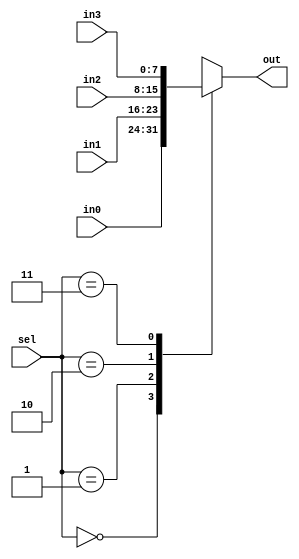
/////////////////////////////////////////////////////////////////////
////                                                             ////
////  Mini-RISC-1                                                ////
////  Primitives                                                 ////
////                                                             ////
////                                                             ////
////          rudi@asics.ws                                      ////
////                                                             ////
////                                                             ////
////  D/L from: http://www.opencores.org/cores/minirisc/         ////
////                                                             ////
/////////////////////////////////////////////////////////////////////
////                                                             ////
//// Copyright (C) 2000-2002 Rudolf Usselmann                    ////
////                         www.asics.ws                        ////
////                         rudi@asics.ws                       ////
////                                                             ////
//// This source file may be used and distributed without        ////
//// restriction provided that this copyright statement is not   ////
//// removed from the file and that any derivative work contains ////
//// the original copyright notice and the associated disclaimer.////
////                                                             ////
////     THIS SOFTWARE IS PROVIDED ``AS IS'' AND WITHOUT ANY     ////
//// EXPRESS OR IMPLIED WARRANTIES, INCLUDING, BUT NOT LIMITED   ////
//// TO, THE IMPLIED WARRANTIES OF MERCHANTABILITY AND FITNESS   ////
//// FOR A PARTICULAR PURPOSE. IN NO EVENT SHALL THE AUTHOR      ////
//// OR CONTRIBUTORS BE LIABLE FOR ANY DIRECT, INDIRECT,         ////
//// INCIDENTAL, SPECIAL, EXEMPLARY, OR CONSEQUENTIAL DAMAGES    ////
//// (INCLUDING, BUT NOT LIMITED TO, PROCUREMENT OF SUBSTITUTE   ////
//// GOODS OR SERVICES; LOSS OF USE, DATA, OR PROFITS; OR        ////
//// BUSINESS INTERRUPTION) HOWEVER CAUSED AND ON ANY THEORY OF  ////
//// LIABILITY, WHETHER IN  CONTRACT, STRICT LIABILITY, OR TORT  ////
//// (INCLUDING NEGLIGENCE OR OTHERWISE) ARISING IN ANY WAY OUT  ////
//// OF THE USE OF THIS SOFTWARE, EVEN IF ADVISED OF THE         ////
//// POSSIBILITY OF SUCH DAMAGE.                                 ////
////                                                             ////
/////////////////////////////////////////////////////////////////////

//  CVS Log
//
//  $Id: primitives.v,v 1.3 2002-10-01 12:44:24 rudi Exp $
//
//  $Date: 2002-10-01 12:44:24 $
//  $Revision: 1.3 $
//  $Author: rudi $
//  $Locker:  $
//  $State: Exp $
//
// Change History:
//               $Log: not supported by cvs2svn $
//               Revision 1.2  2002/09/27 15:35:40  rudi
//               Minor update to newer devices ...
//
//
//
//
//
//
//
//
//
//
//

`timescale 1ns / 10ps

// Mux 4:1 8 bits wide
module mux4_8(sel, in0, in1, in2, in3, out);
input	[1:0]	sel;
input	[7:0]	in0, in1, in2, in3;
output	[7:0]	out;

reg	[7:0]	out;

always @(sel or in0 or in1 or in2 or in3)
	case(sel)	// synopsys full_case parallel_case
	  0: out = in0;
	  1: out = in1;
	  2: out = in2;
	  3: out = in3;
	endcase

endmodule

// 8 bit comparator
module cmp8_eq(a,b,eq);
input	[7:0]	a,b;
output		eq;

assign eq = (a==b);

endmodule

// MUX 2:1 7 bits wide
module mux2_7(sel, in0, in1, out);
input		sel;
input	[6:0]	in0, in1;
output	[6:0]	out;

assign out = sel ? in1 : in0;

endmodule

// Mux 8:1 1 bit wide
module mux8_1( sel, in, out);
input	[2:0]	sel;
input	[7:0]	in;
output		out;

assign	out = in[sel];

endmodule

// Mux 2:1 8 bits wide
module mux2_8(sel, in0, in1, out);
input		sel;
input	[7:0]	in0, in1;
output	[7:0]	out;

assign out = sel ? in1 : in0;

endmodule

// Mux 8:1 8 bits wide
module mux8_8(sel, in0, in1, in2, in3, in4, in5, in6, in7, out);
input	[2:0]	sel;
input	[7:0]	in0, in1, in2, in3, in4, in5, in6, in7;
output	[7:0]	out;

reg	[7:0]	out;

always @(sel or in0 or in1 or in2 or in3 or in4 or in5 or in6 or in7)
	case(sel)	// synopsys full_case parallel_case
	   3'd0:	out = in0;
	   3'd1:	out = in1;
	   3'd2:	out = in2;
	   3'd3:	out = in3;
	   3'd4:	out = in4;
	   3'd5:	out = in5;
	   3'd6:	out = in6;
	   3'd7:	out = in7;
	endcase

endmodule

// Mux 2:1 11 bits wide
module mux2_11(sel, in0, in1, out);
input		sel;
input	[10:0]	in0, in1;
output	[10:0]	out;

assign out = sel ? in1 : in0;

endmodule


// 8bit Add/Sub with carry/borrow out
module add_sub8_co(sub, opa, opb, out, co);
input		sub;
input	[7:0]	opa, opb;
output	[7:0]	out;
output		co;

assign	{co, out} = sub ? (opa - opb) : (opa + opb);

endmodule

// 11 bit incrementer
module inc11(in, out);
input	[10:0]	in;
output	[10:0]	out;

assign out = in + 11'h1;

endmodule

// 8 bit incrementer
module inc8(in, out);
input	[7:0]	in;
output	[7:0]	out;

assign out = in + 8'h1;

endmodule

// A Basic Synchrounous FIFO (4 entries deep)
module sfifo4x11(clk, push, din, pop, dout);
input		clk;
input		push;
input	[10:0]	din;
input		pop;
output	[10:0]	dout;

reg	[10:0]	stack1, stack2, stack3, stack4;

assign dout = stack1;

always @(posedge clk)
   begin
	if(push)	// PUSH stack
	   begin
		stack4 <= #1 stack3;
		stack3 <= #1 stack2;
	   	stack2 <= #1 stack1;
		stack1 <= #1 din;
	   end
	if(pop)		// POP stack
	   begin
		stack1 <= #1 stack2;
		stack2 <= #1 stack3;
		stack3 <= #1 stack4;
	   end
   end

endmodule